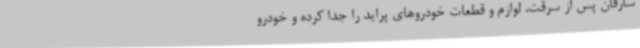
سارقان پس از سرقت، لوازم و قطعات خودروهای پراید را جدا کرده و خودرو